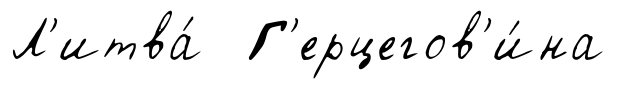
Л'итва́ Г'ерцегов'и́на